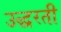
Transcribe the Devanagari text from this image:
उद्धरती